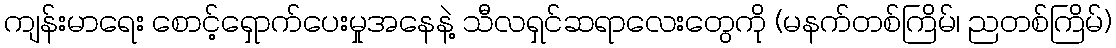
ကျန်းမာရေး စောင့်ရှောက်ပေးမှုအနေနဲ့ သီလရှင်ဆရာလေးတွေကို (မနက်တစ်ကြိမ်၊ ညတစ်ကြိမ်)